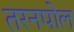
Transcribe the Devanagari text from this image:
तरनपोल